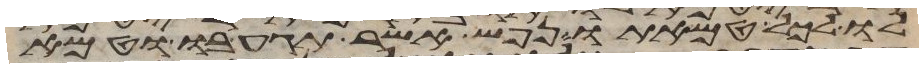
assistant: לו לכל טמאתו נפש אשר תגע בו וטמא